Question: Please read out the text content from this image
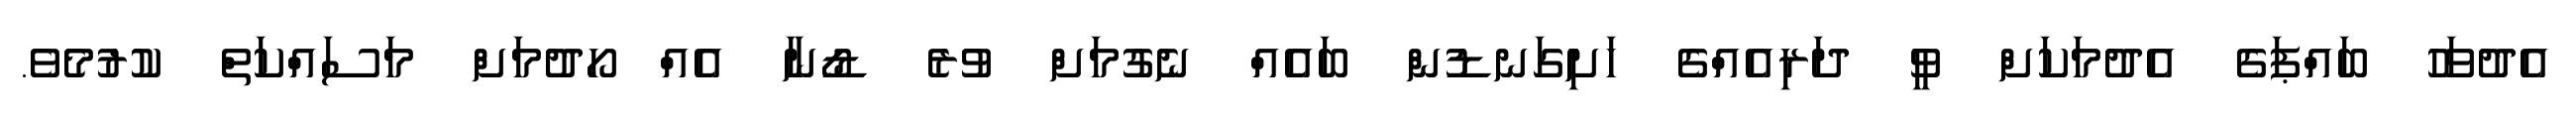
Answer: އެދުވަހު ބައްޕަގެ އެދުމަކަށް ވީ ދަރިއެއްގެ ހަށިގަނޑުން ބައެއް ނެގުމަށް ވުރެ ޑޯނާ އެއް ހޯދުމަށް މަސައްކަތް ކުރުމެވެ.